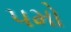
૫મો